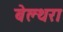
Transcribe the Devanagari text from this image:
बेल्‍थरा